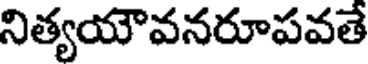
నిత్యయౌవనరూపవతే